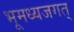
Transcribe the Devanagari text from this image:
भूमध्यजगत्‌